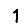
Digit: 1